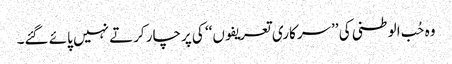
وہ حُب الوطنی کی ’’سرکاری تعریفوں‘‘ کی پرچار کرتے نہیں پائے گئے۔